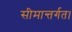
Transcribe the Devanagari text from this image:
सीमान्तर्गत।